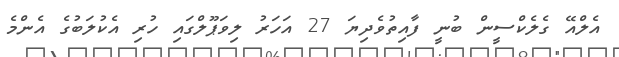
އެލްއޭ ގެލެކްސީން ބުނީ ފާއިތުވެދިޔަ 27 އަހަރު ލިވަޕޫލްގައި ހުރި އެކުލަބުގެ އެންމެ